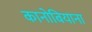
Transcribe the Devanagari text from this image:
कानोबियाना